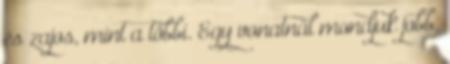
és zajos, mint a többi. Egy vonatnál mondjuk jobb.